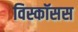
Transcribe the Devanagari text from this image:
विस्कॉसस